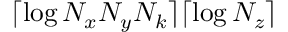
\lceil \log N _ { x } N _ { y } N _ { k } \rceil \lceil \log N _ { z } \rceil